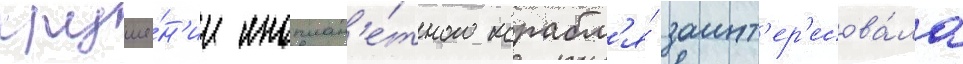
круше́н'ии иноплан'е́тного корабл'я́ заинт'ер'есова́ла